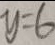
y = 6